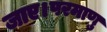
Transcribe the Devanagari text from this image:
जाए।परमाणु